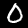
Digit: 0